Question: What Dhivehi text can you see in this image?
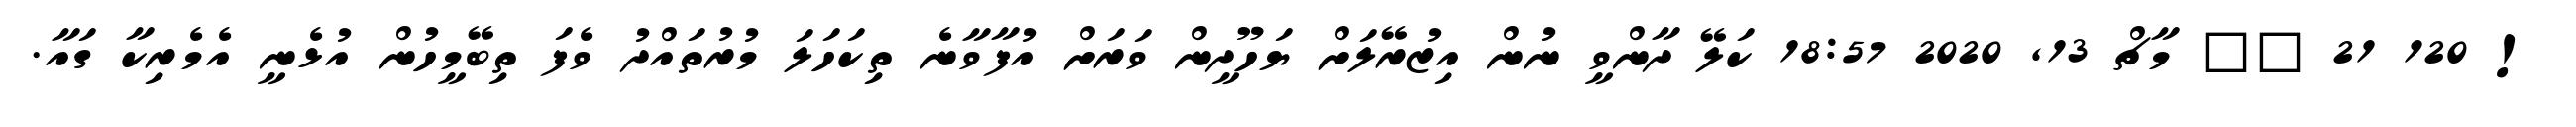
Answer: ! 120 21 ?? މާޗް 13, 2020 18:57 ކަލޭ ދާންވީ ނުން އިޒުރޭލަށް ޔަހޫދީން ވަރަށް އުފާވާނެ ތިކަހަލަ މުރުތައްދު ވެފަ ތިބޭމީހުން އުޅެނީ އެމެރިކާ ގައާ.